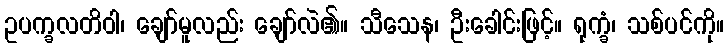
ဥပက္ခလတိဝါ၊ ချော်မူလည်း ချော်လဲ၏။ သီသေန၊ ဦးခေါင်းဖြင့်။ ရုက္ခံ၊ သစ်ပင်ကို။